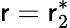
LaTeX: \mathsf{r}=\mathsf{r}_{2}^{*}